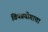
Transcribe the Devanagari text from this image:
विषप्रयोगाचा